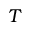
T